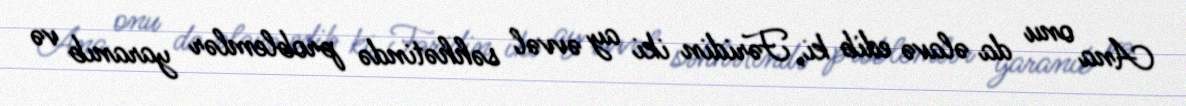
Ana onu da əlavə edib ki, Fəridin iki ay əvvəl səhhətində problemlər yaranıb və